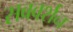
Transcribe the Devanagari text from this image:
सबवर्शन